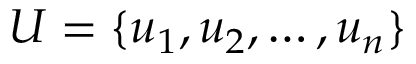
U = \{ u _ { 1 } , u _ { 2 } , \dots , u _ { n } \}